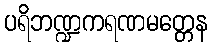
ပရိဘဏ္ဍကရဏမတ္တေန